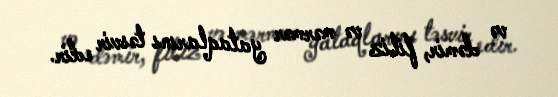
və dəmir, filiz və mərmər yataqlarını təsvir edir.